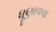
ધૂણાવવા